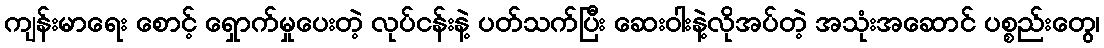
ကျန်းမာရေး စောင့် ရှောက်မှုပေးတဲ့ လုပ်ငန်းနဲ့ ပတ်သက်ပြီး ဆေးဝါးနဲ့လိုအပ်တဲ့ အသုံးအဆောင် ပစ္စည်းတွေ၊